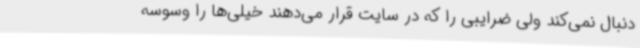
دنبال نمی‌کند ولی ضرایبی را که در سایت قرار می‌دهند خیلی‌ها را وسوسه